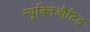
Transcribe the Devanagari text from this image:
न्यूक्लिऔटिड